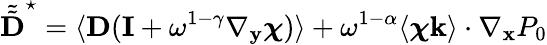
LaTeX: \tilde{\tilde{\textbf{D}}}^{\star}=\langle\textbf{D}(\mathbf I+\omega^{1-\gamma}\nabla_{\mathbf y}\boldsymbol{\chi})\rangle+\omega^{1-\alpha}\langle\boldsymbol{\chi}\mathbf k\rangle\cdot\nabla_{\mathbf x}P_{0}